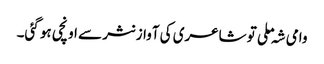
وامی شہ ملی تو شاعری کی آواز نثر سے اونچی ہو گئی۔